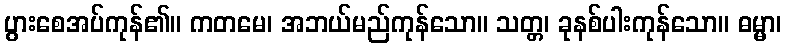
ပွားစေအပ်ကုန်၏။ ကတမေ၊ အဘယ်မည်ကုန်သော။ သတ္တ၊ ခုနစ်ပါးကုန်သော။ ဓမ္မာ၊